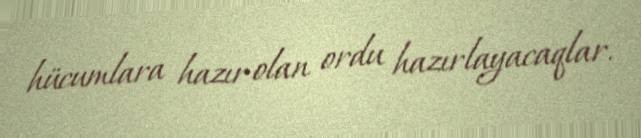
hücumlara hazır olan ordu hazırlayacaqlar.